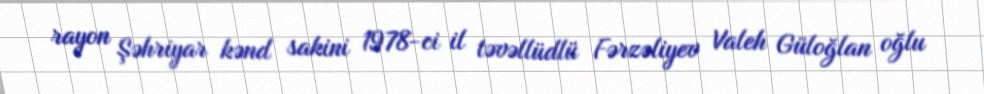
rayon Şəhriyar kənd sakini 1978-ci il təvəllüdlü Fərzəliyev Valeh Güloğlan oğlu